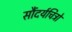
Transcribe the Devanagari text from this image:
सौंदर्यचित्रों